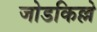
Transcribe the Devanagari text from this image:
जोडकिल्ले